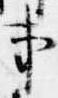
事